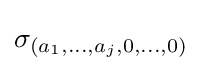
\sigma _{(a_{1},\ldots ,a_{j},0,\ldots ,0)}